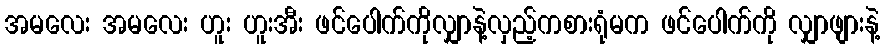
အမလေး အမလေး ဟူး ဟူးအီး ဖင်ပေါက်ကိုလျှာနဲ့လှည့်ကစားရုံမက ဖင်ပေါက်ကို လျှာဖျားနဲ့